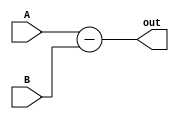

module sub8(output wire [7:0] out, input wire [7:0] A, input wire [7:0] B);

   assign out = A - B;

endmodule